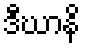
ဒီဃာနိ